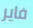
فاير